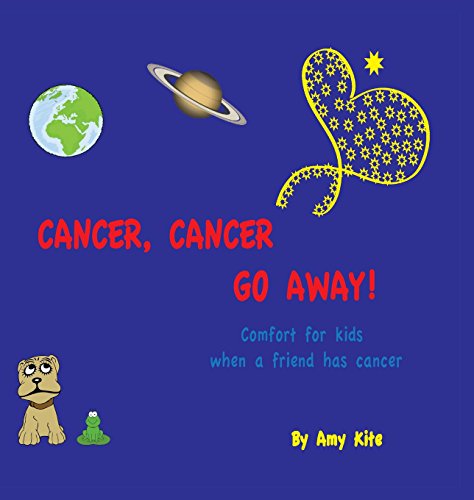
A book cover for Cancer, Cancer Go Away: Comfort for kids when a friend has cancer; Amy Kite; Medical Books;